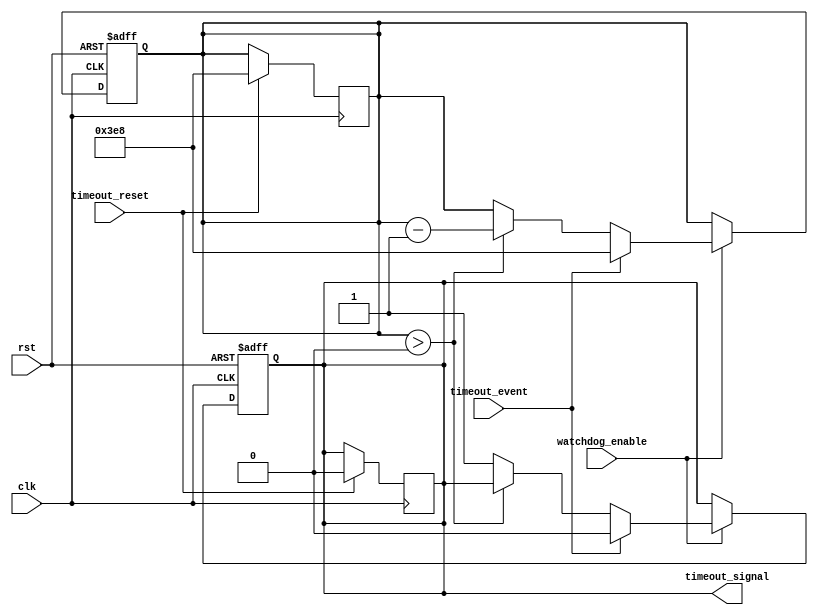
module watchdog_timer (
    input wire clk,
    input wire rst,
    input wire watchdog_enable,
    input wire timeout_reset,
    input wire timeout_event,
    output reg timeout_signal
);

parameter TIMEOUT_VALUE = 1000; // Set timeout value to 1000 cycles

reg [11:0] counter; // 12-bit counter to count down from TIMEOUT_VALUE

always @(posedge clk or posedge rst) begin
    if (rst) begin
        counter <= 12'd0; // Reset counter on system reset
        timeout_signal <= 1'b0; // Set timeout signal low on reset
    end else if (watchdog_enable) begin
        if (timeout_event) begin
            counter <= TIMEOUT_VALUE; // Reset counter on timeout event
            timeout_signal <= 1'b0; // Set timeout signal low on timeout event
        end else if (counter > 0) begin
            counter <= counter - 1; // Decrement counter if not timeout event
        end else begin
            timeout_signal <= 1'b1; // Set timeout signal high if counter reaches 0
        end
    end
end

always @(posedge clk) begin
    if (timeout_reset) begin
        counter <= TIMEOUT_VALUE; // Reset counter on timeout reset signal
        timeout_signal <= 1'b0; // Set timeout signal low on timeout reset
    end
end

endmodule